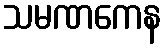
သမဏကေန